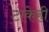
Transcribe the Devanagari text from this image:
टाकेही